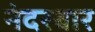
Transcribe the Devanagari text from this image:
नंदरबार